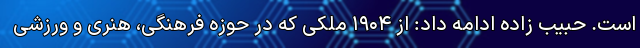
است. حبیب زاده ادامه داد: از ۱۹۰۴ ملکی که در حوزه فرهنگی، هنری و ورزشی